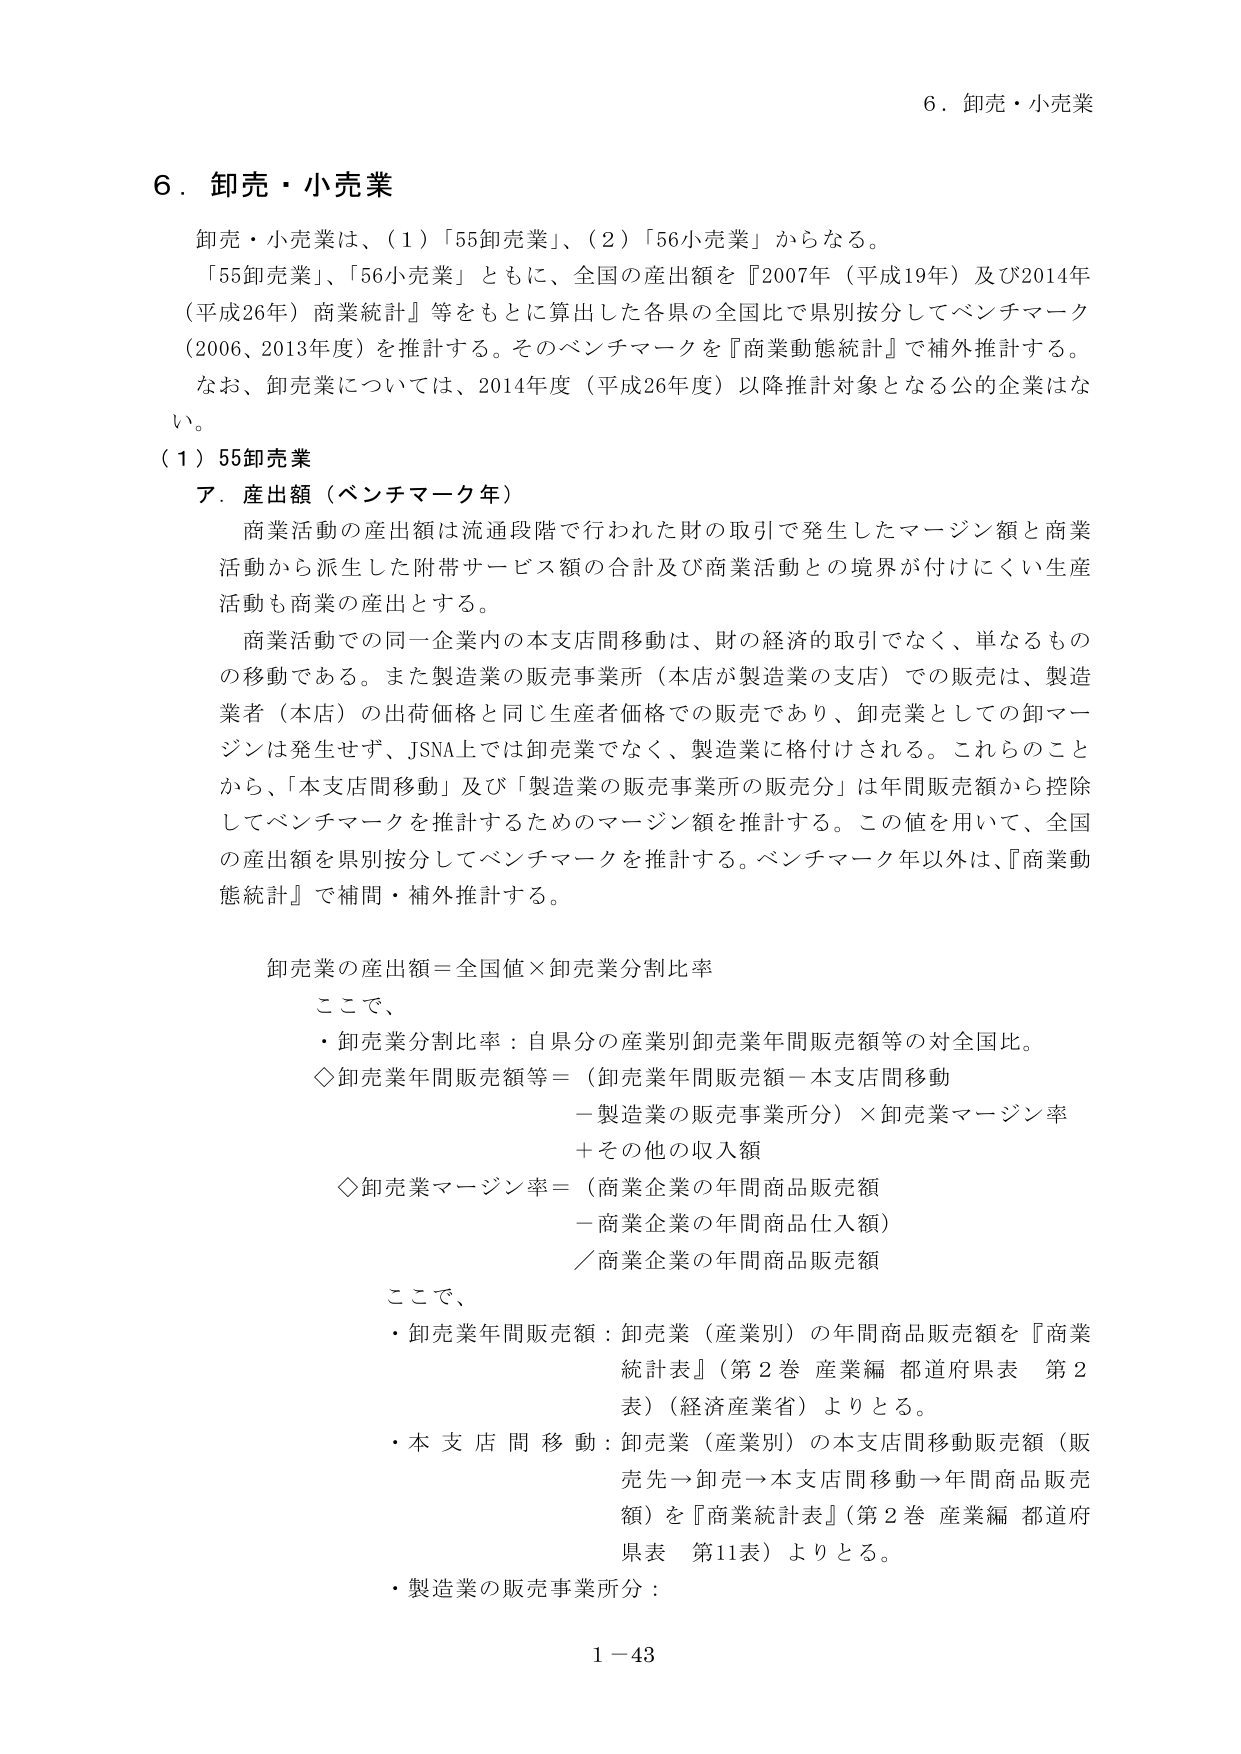
6．卸売・小売業

卸売・小売業は、（1）「55卸売業」、（2）「56小売業」からなる。

「55卸売業」、「56小売業」ともに、全国の産出額を『2007年（平成19年）及び2014年（平成26年）商業統計』等をもとに算出した各県の全国比で県別按分してベンチマーク（2006、2013年度）を推計する。そのベンチマークを『商業動態統計』で補外推計する。

なお、卸売業については、2014年度（平成26年度）以降推計対象となる公的企業はない。

（1）55卸売業

ア．産出額（ベンチマーク年）

商業活動の産出額は流通段階で行われた財の取引で発生したマージン額と商業活動から派生した附帯サービス額の合計及び商業活動との境界が付けにくい生産活動も商業の産出とする。

商業活動での同一企業内の本支店間移動は、財の経済的取引でなく、単なるものの移動である。また製造業の販売事業所（本店が製造業の支店）での販売は、製造業者（本店）の出荷価格と同じ生産者価格での販売であり、卸売業としての卸マージンは発生せず、JSNA上では卸売業でなく、製造業に格付けされる。これらのことから、「本支店間移動」及び「製造業の販売事業所の販売分」は年間販売額から控除してベンチマークを推計するためのマージン額を推計する。この値を用いて、全国の産出額を県別按分してベンチマークを推計する。ベンチマーク年以外は、『商業動態統計』で補間・補外推計する。

卸売業の産出額＝全国値×卸売業分割比率

ここで、

・卸売業分割比率：自県分の産業別卸売業年間販売額等の対全国比。

◇卸売業年間販売額等＝（卸売業年間販売額－本支店間移動－製造業の販売事業所分）×卸売業マージン率＋その他の収入額

◇卸売業マージン率＝（商業企業の年間商品販売額－商業企業の年間商品仕入額）／商業企業の年間商品販売額

ここで、

・卸売業年間販売額：卸売業（産業別）の年間商品販売額を『商業統計表』（第2巻 産業編 都道府県表 第2表）（経済産業省）よりとる。

・本支店間移動：卸売業（産業別）の本支店間移動販売額（販売先→卸売→本支店間移動→年間商品販売額）を『商業統計表』（第2巻 産業編 都道府県表 第11表）よりとる。

・製造業の販売事業所分：

1－43